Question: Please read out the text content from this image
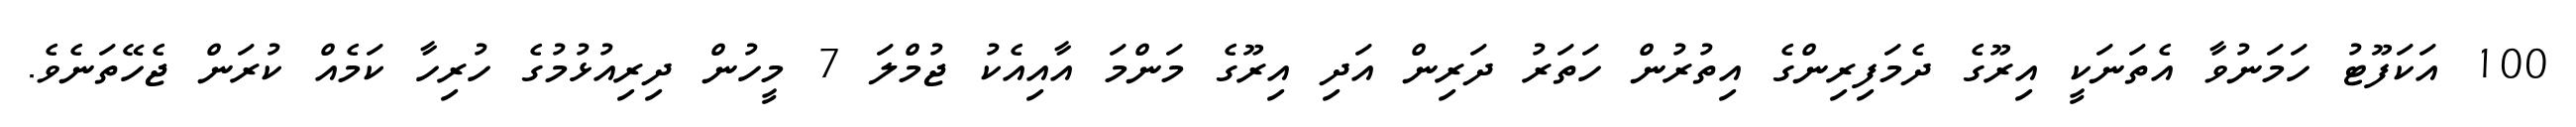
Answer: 100 އަކަފޫޓު ހަމަނުވާ އެތަނަކީ އިރޫގެ ދެމަފިރިންގެ އިތުރުން ހަތަރު ދަރިން އަދި އިރޫގެ މަންމަ އާއިއެކު ޖުމްލަ 7 މީހުން ދިރިއުޅުމުގެ ހުރިހާ ކަމެއް ކުރަން ޖެހޭތަނެވެ.